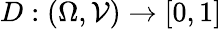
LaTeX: D:(\Omega,\mathcal{V})\to[0,1]